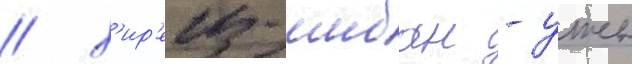
/ х'ир'еиз-шибан - уже